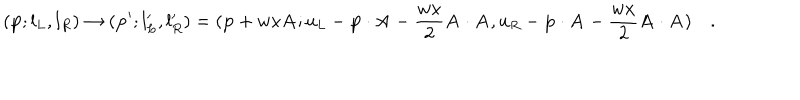
LaTeX: ( { \bf p } ; l _ { L } , l _ { R } ) \to ( { \bf p } ^ { \prime } ; l _ { L } ^ { \prime } , l _ { R } ^ { \prime } ) = ( { \bf p } + w x { \bf A } ; u _ { L } - { \bf p } \cdot { \bf A } - { \frac { w x } { 2 } } { \bf A } \cdot { \bf A } , u _ { R } - { \bf p } \cdot { \bf A } - { \frac { w x } { 2 } } { \bf A } \cdot { \bf A } ) \quad .